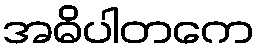
အဓိပါတကေ